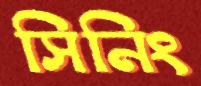
সিনিং